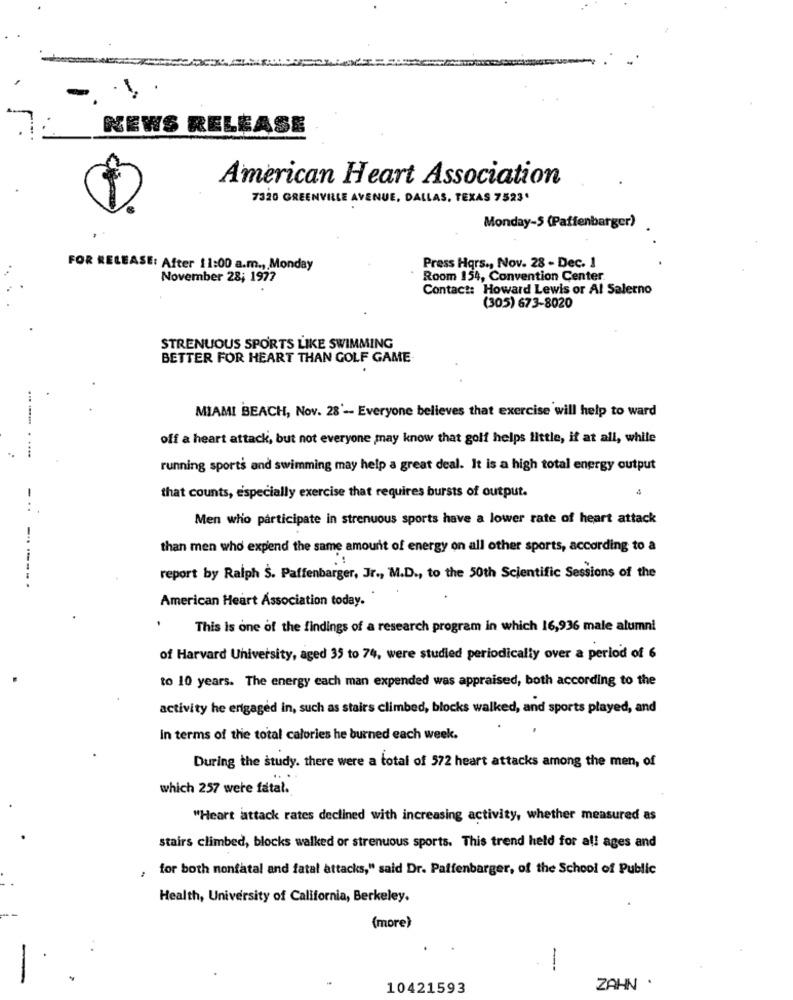
NEWS RELEASE
American Heart Association
7320 GREENVILLE AVENUE, DALLAS, TEXAS 7523'
Monday-5 (Paffenbarger)
FOR RELEASE: After 11:00 a.m ., Monday
Press Hqrs ., Nov. 28 - Dec. 1
November 28; 1977
Room 154, Convention Center.
Contact: Howard Lewis or Al Salerno
(305) 673-8020
STRENUOUS SPORTS LIKE SWIMMING
BETTER FOR HEART THAN GOLF GAME
MIAMI BEACH, Nov. 28' -- Everyone believes that exercise will help to ward
off a heart attack, but not everyone may know that golf helps little, if at all, while
running sports and swimming may help a great deal. It is a high total energy output
that counts, especially exercise that requires bursts of output.
Men who participate in strenuous sports have a lower rate of heart attack
than men who expend the same amount of energy on all other sports, according to a
report by Ralph S. Paffenbarger, Jr ., M.D ., to the 50th Scientific Sessions of the
American Heart Association today.
This is one of the findings of a research program in which 16,936 male alumni
of Harvard University, aged 35 to 74, were studied periodically over a period of 6
to 10 years. The energy each man expended was appraised, both according to the
activity he engaged in, such as stairs climbed, blocks walked, and sports played, and
In terms of the total calories he burned each week.
During the study. there were a total of 572 heart attacks among the men, of
which 257 were fatal.
"Heart attack rates declined with increasing activity, whether measured as
stairs climbed, blocks walked or strenuous sports. This trend held for all ages and
for both nonfatal and fatal attacks," said Dr. Paffenbarger, of the School of Public
Health, University of California, Berkeley.
(more)
-
10421593
ZAHN .